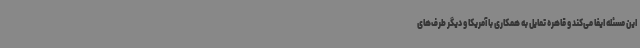
این مسئله ایفا می‌کند و قاهره تمایل به همکاری با آمریکا و دیگر طرف‌های